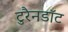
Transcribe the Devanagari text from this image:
टुरैनडॉट